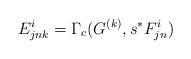
LaTeX: \begin{align*}E_{j n k}^i = \Gamma_c(G^{(k)}, s^* F_{j n}^i)\end{align*}